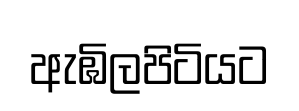
ඇඹිලපිටියට